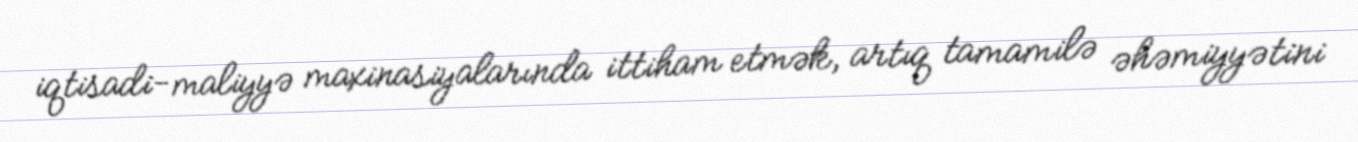
iqtisadi-maliyyə maxinasiyalarında ittiham etmək, artıq tamamilə əhəmiyyətini